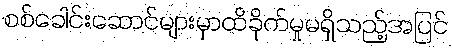
စစ်ခေါင်းဆောင်များမှာထိခိုက်မှုမရှိသည့်အပြင်